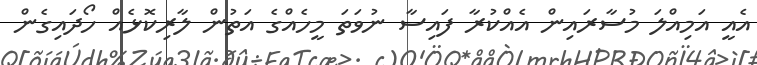
އެއީ އަމިއްލަ މުސާރައިން އެއްކުރާ ފައިސާ ނުވަތަ މީހެއްގެ އަތުން ލާރިކޮޅެއް ހޯދައިގެން